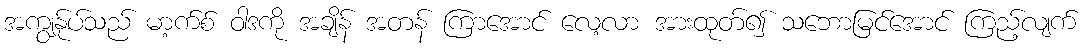
အကျွန်ုပ်သည် မာ့က်စ် ဝါဒကို အချိန် အတန် ကြာအောင် လေ့လာ အားထုတ်၍ သဘောမြင်အောင် ကြည့်လျက်